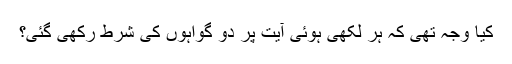
کیا وجہ تھی کہ ہر لکھی ہوئی آیت پر دو گواہوں کی شرط رکھی گئی؟